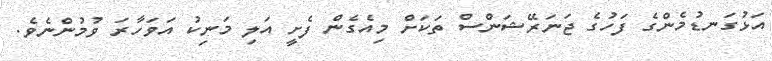
އަޅުގަނޑުމެންގެ ފަހުގެ ޖަނަރޭޝަންސް ތަކަށް މިއެގެން ފެށީ އަލި މަނިކު އަވަހާރަ ވުމުންނެވެ.